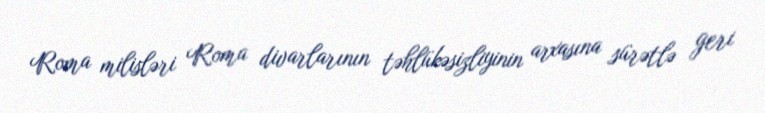
Roma milisləri Roma divarlarının təhlükəsizliyinin arxasına sürətlə geri